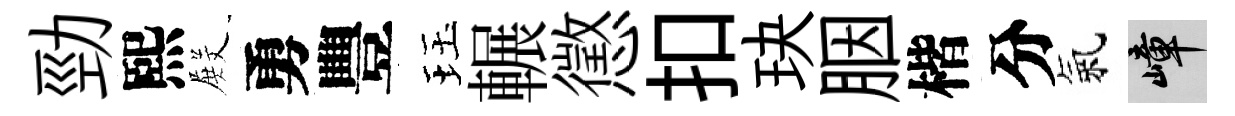
勁熙𭮺勇豐珏輾懲扣玦胭楷分氣嶂